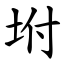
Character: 坿